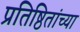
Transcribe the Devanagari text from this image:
प्रतिष्ठितांच्या